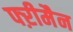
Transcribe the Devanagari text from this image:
फ्ऱीमैन